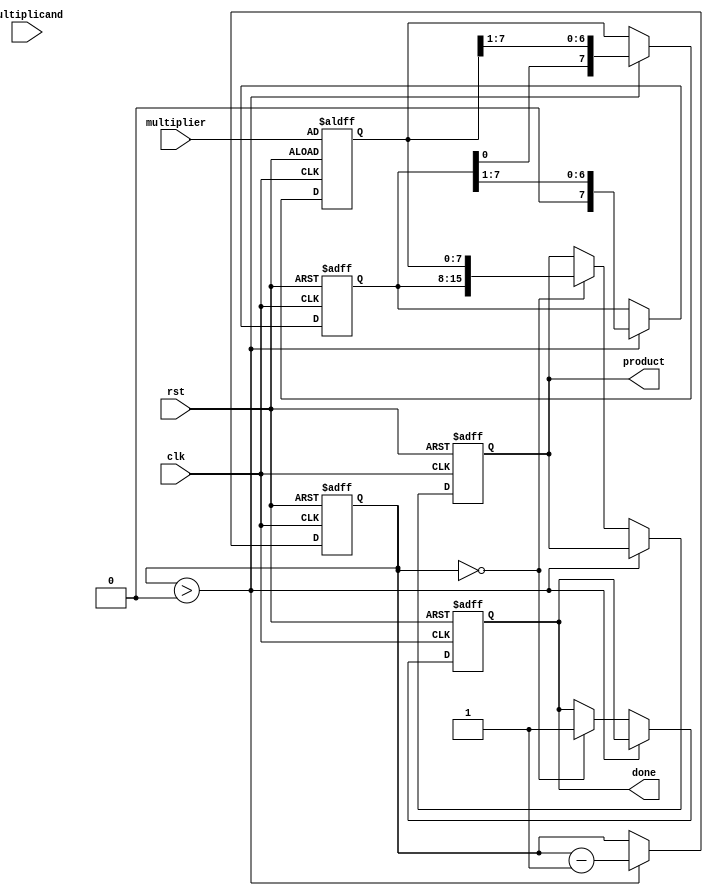
module booth_multiplier #(parameter WIDTH = 8) (
    input wire clk,
    input wire rst,
    input wire [WIDTH-1:0] multiplicand, // M
    input wire [WIDTH-1:0] multiplier,    // Q
    output reg [2*WIDTH-1:0] product,     // A and Q combined
    output reg done
);

    reg [WIDTH-1:0] M;          // Multiplicand register
    reg [WIDTH-1:0] Q;          // Multiplier register
    reg [WIDTH-1:0] A;          // Accumulator
    reg Q_1;                    // Previous LSB of Q
    reg [3:0] count;            // Iteration counter

    always @(posedge clk or posedge rst) begin
        if (rst) begin
            // Reset state
            A <= 0;
            Q <= multiplier;
            M <= multiplicand;
            Q_1 <= 0;
            count <= WIDTH;
            product <= 0;
            done <= 0;
        end else if (count > 0) begin
            // Booth's algorithm operation
            case ({Q[0], Q_1})
                2'b01: A <= A + M;       // A = A + M
                2'b10: A <= A - M;       // A = A - M
                default: ;               // Do nothing
            endcase
            
            // Arithmetic right shift
            {A, Q} <= {A, Q} >> 1; // Shift A and Q together
            Q_1 <= Q[0];           // Update Q-1
            count <= count - 1;    // Decrement count
        end else if (count == 0) begin
            // Final output
            product <= {A, Q};      // Combine A and Q for the final product
            done <= 1;              // Indicate completion
        end
    end
endmodule